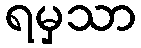
ရမှသာ